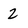
Character: 2